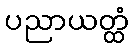
ပညာယတ္ထံ